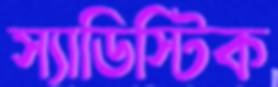
স্যাডিস্টিক